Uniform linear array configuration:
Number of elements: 4
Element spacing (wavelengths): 0.75
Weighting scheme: hamming
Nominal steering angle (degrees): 0
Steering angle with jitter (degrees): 0.9711
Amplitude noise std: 0.05
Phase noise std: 0.05

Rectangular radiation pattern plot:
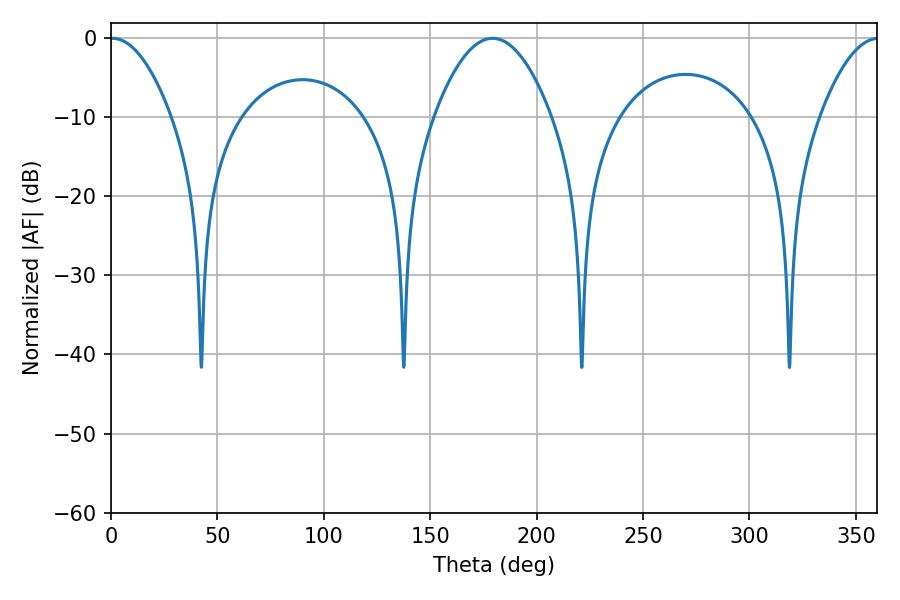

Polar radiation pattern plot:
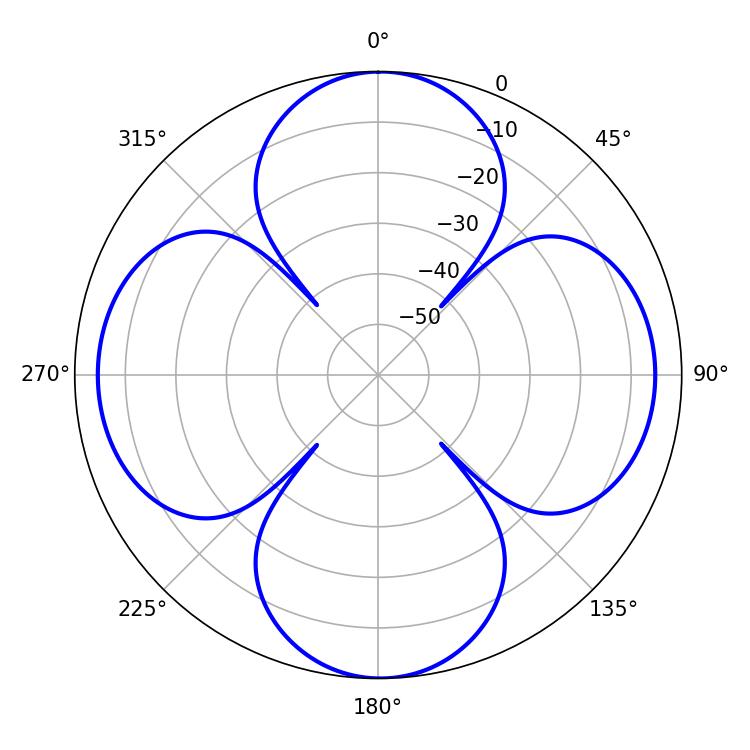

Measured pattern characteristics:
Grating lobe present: TRUE
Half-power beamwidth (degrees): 15.84
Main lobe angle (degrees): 0.72